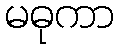
မဓုကာ